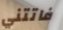
فاتتني